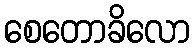
စေတောခိလော